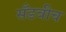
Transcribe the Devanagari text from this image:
सँडवीच